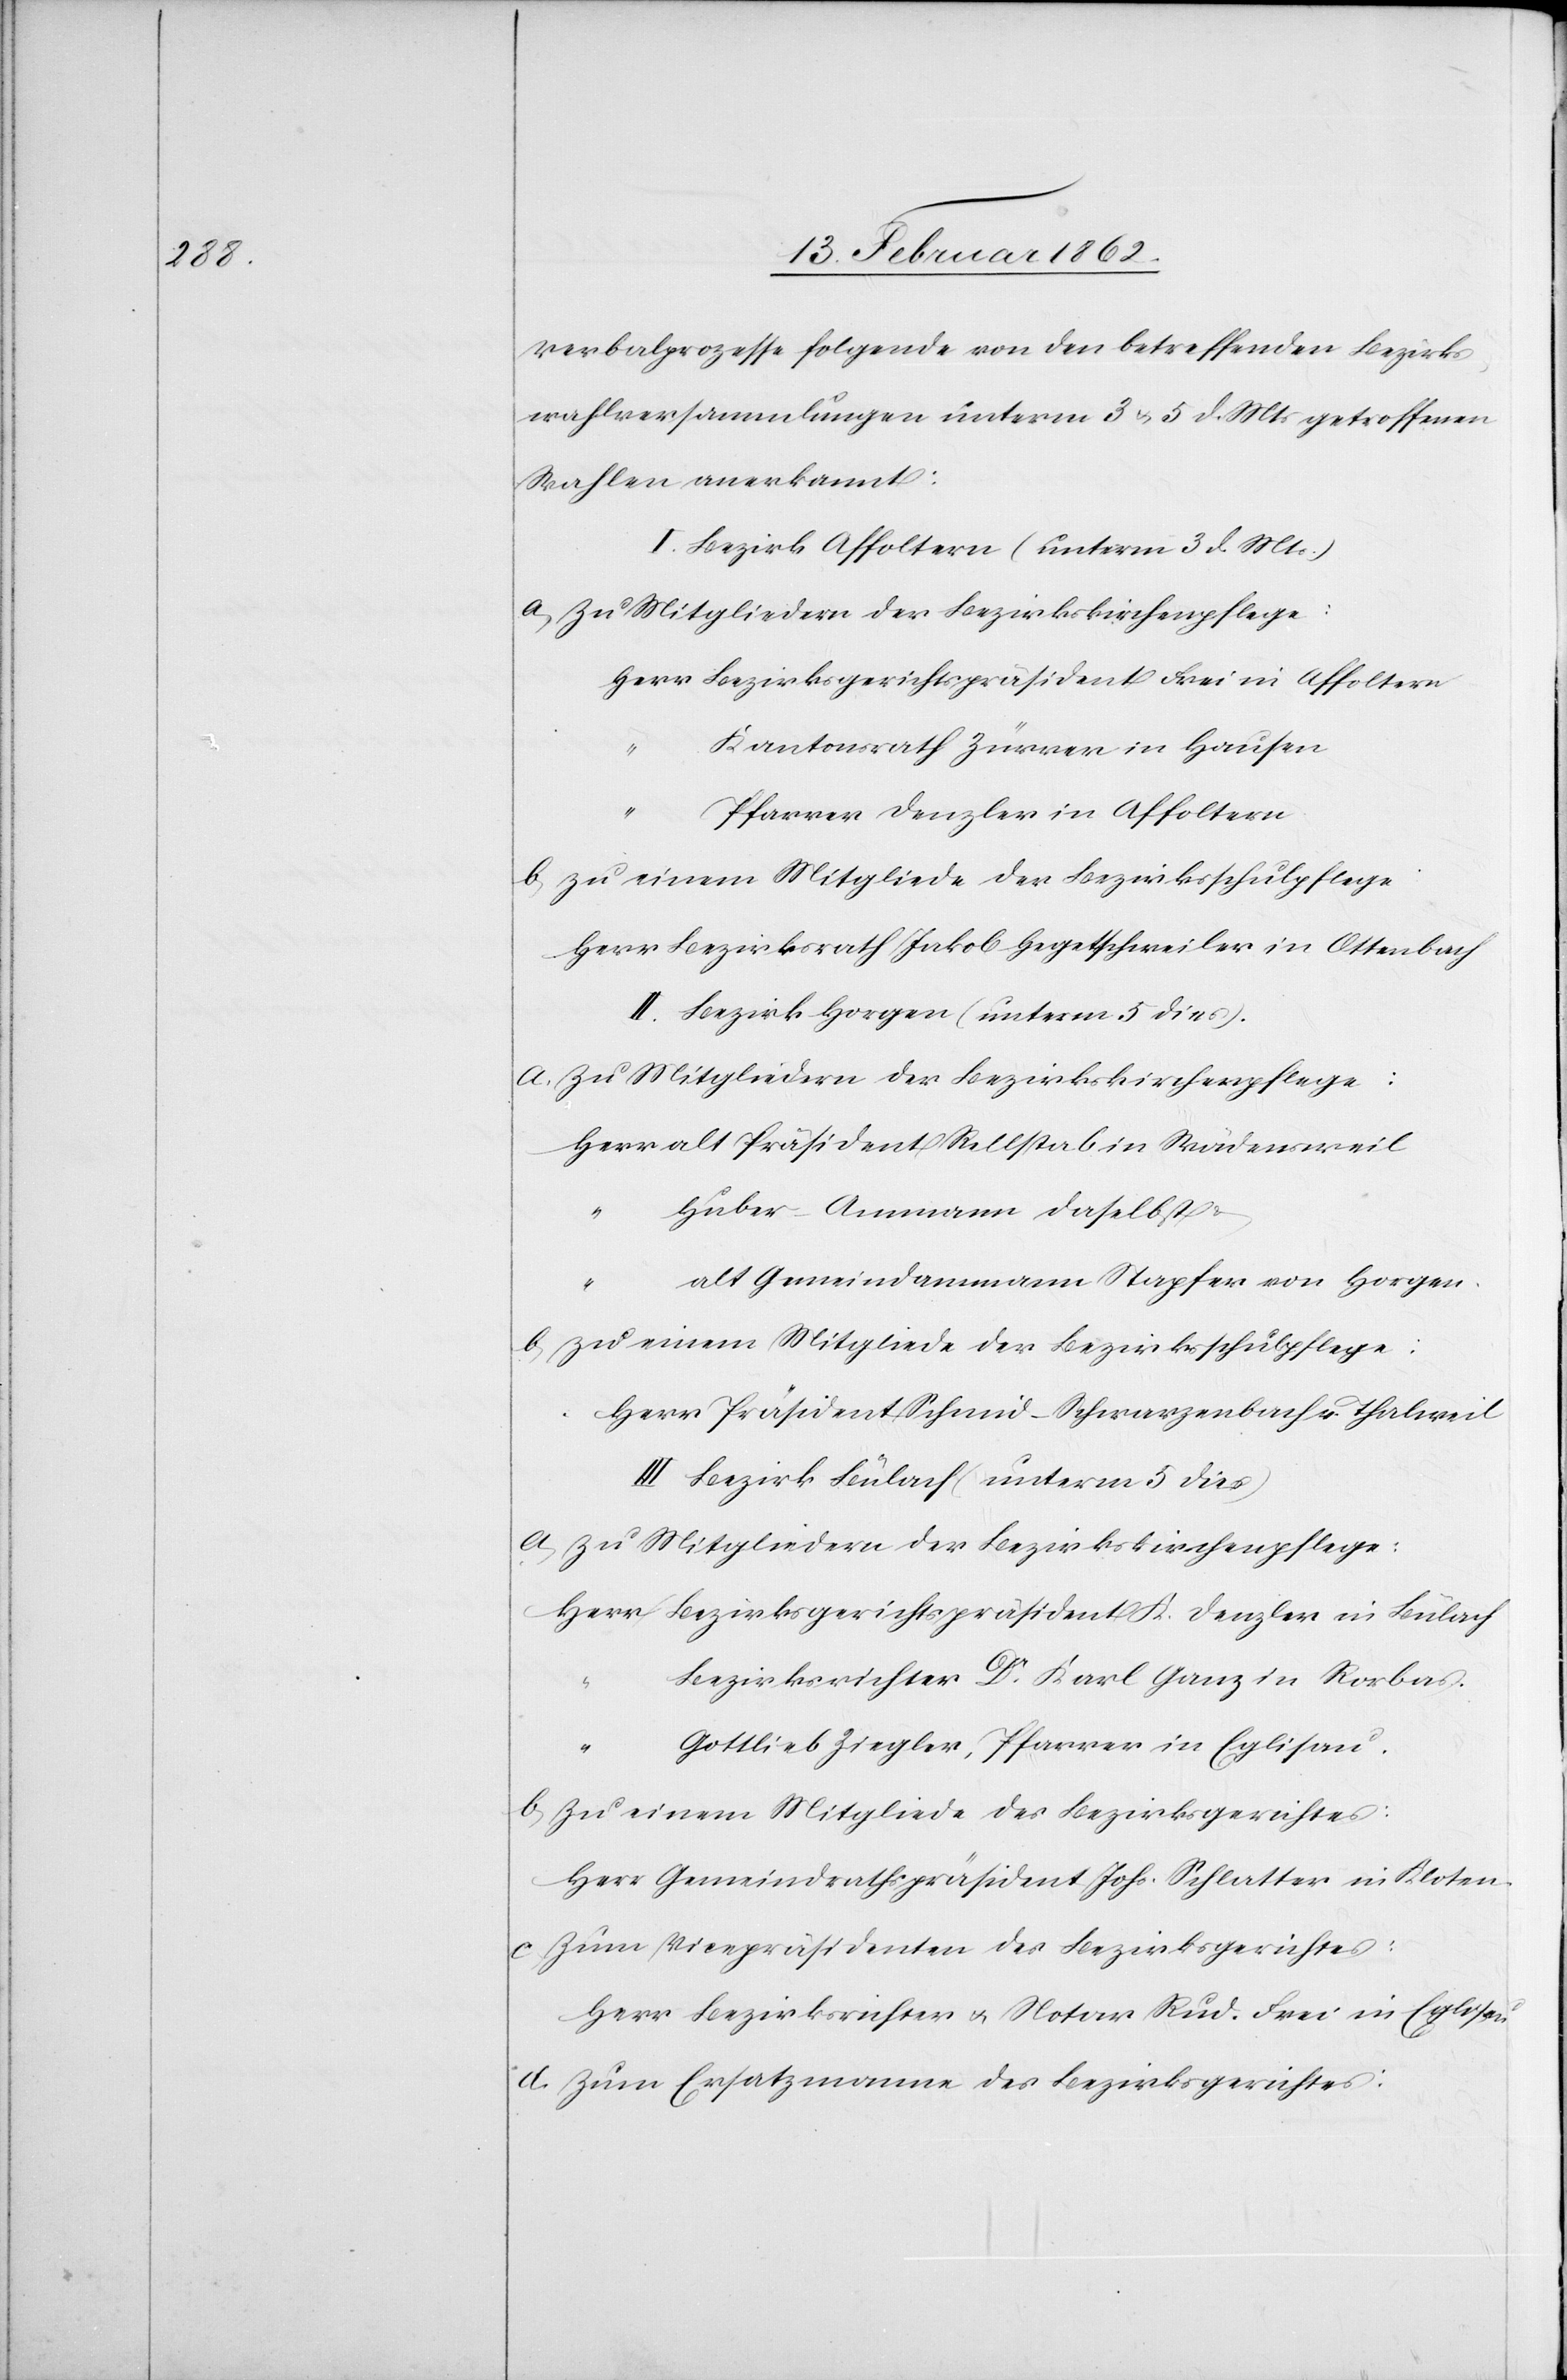
Verbalprozesse folgende von den betreffenden Bezirks¬
wahlversammlungen unterm 3 u. 5 d. Mts getroffenen
Wahlen anerkannt:
I. Bezirk Affoltern (unterm 3 d Mts.)
a) Zu Mitgliedern der Bezirkskirchenpflege:
Herr Bezirksgerichtspräsident Frei in Affoltern
Kantonsrath Zürrer in Hausen
“
Pfarrer Denzler in Affoltern
b) zu einem Mitgliede der Bezirksschulpflege:
Herr Bezirksrath Jakob Hegetschweiler in Ottenbach
II. Bezirk Horgen (unterm 5 dies).
Herr alt Präsident Rellstab in Wädensweil
Huber-Ammann daselbst &
“
alt Gemeindammann Stapfer von Horgen.
b) zu einem Mitgliede der Bezirksschulpflege:
Herr Präsident Schmid-Schwarzenbach v. Thalweil
III. Bezirk Bülach (unterm 5 dies)
Herr Bezirksgerichtspräsident K. Denzler in Bülach
Bezirksrichter Dr. Karl Ganz in Rorbas
Gottlieb Ziegler, Pfarrer in Eglisau.
b) Zu einem Mitgliede des Bezirksgerichtes:
Herr Gemeindrathspräsident Johs. Schlatter in Kloten
c) Zum Vicepräsidenten des Bezirksgerichtes:
Herr Bezirksrichter u. Notar Rud. Frei in Eglisau
d) Zum Ersatzmanne des Bezirksgerichtes: